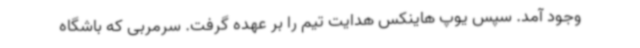
وجود آمد. سپس یوپ هاینکس هدایت تیم را بر عهده گرفت. سرمربی که باشگاه